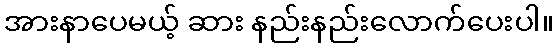
အားနာပေမယ့် ဆား နည်းနည်းလောက်ပေးပါ။